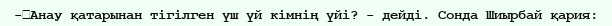
-	Анау қатарынан тігілген үш үй кімнің үйі? - дейді. Сонда Шиырбай қария: